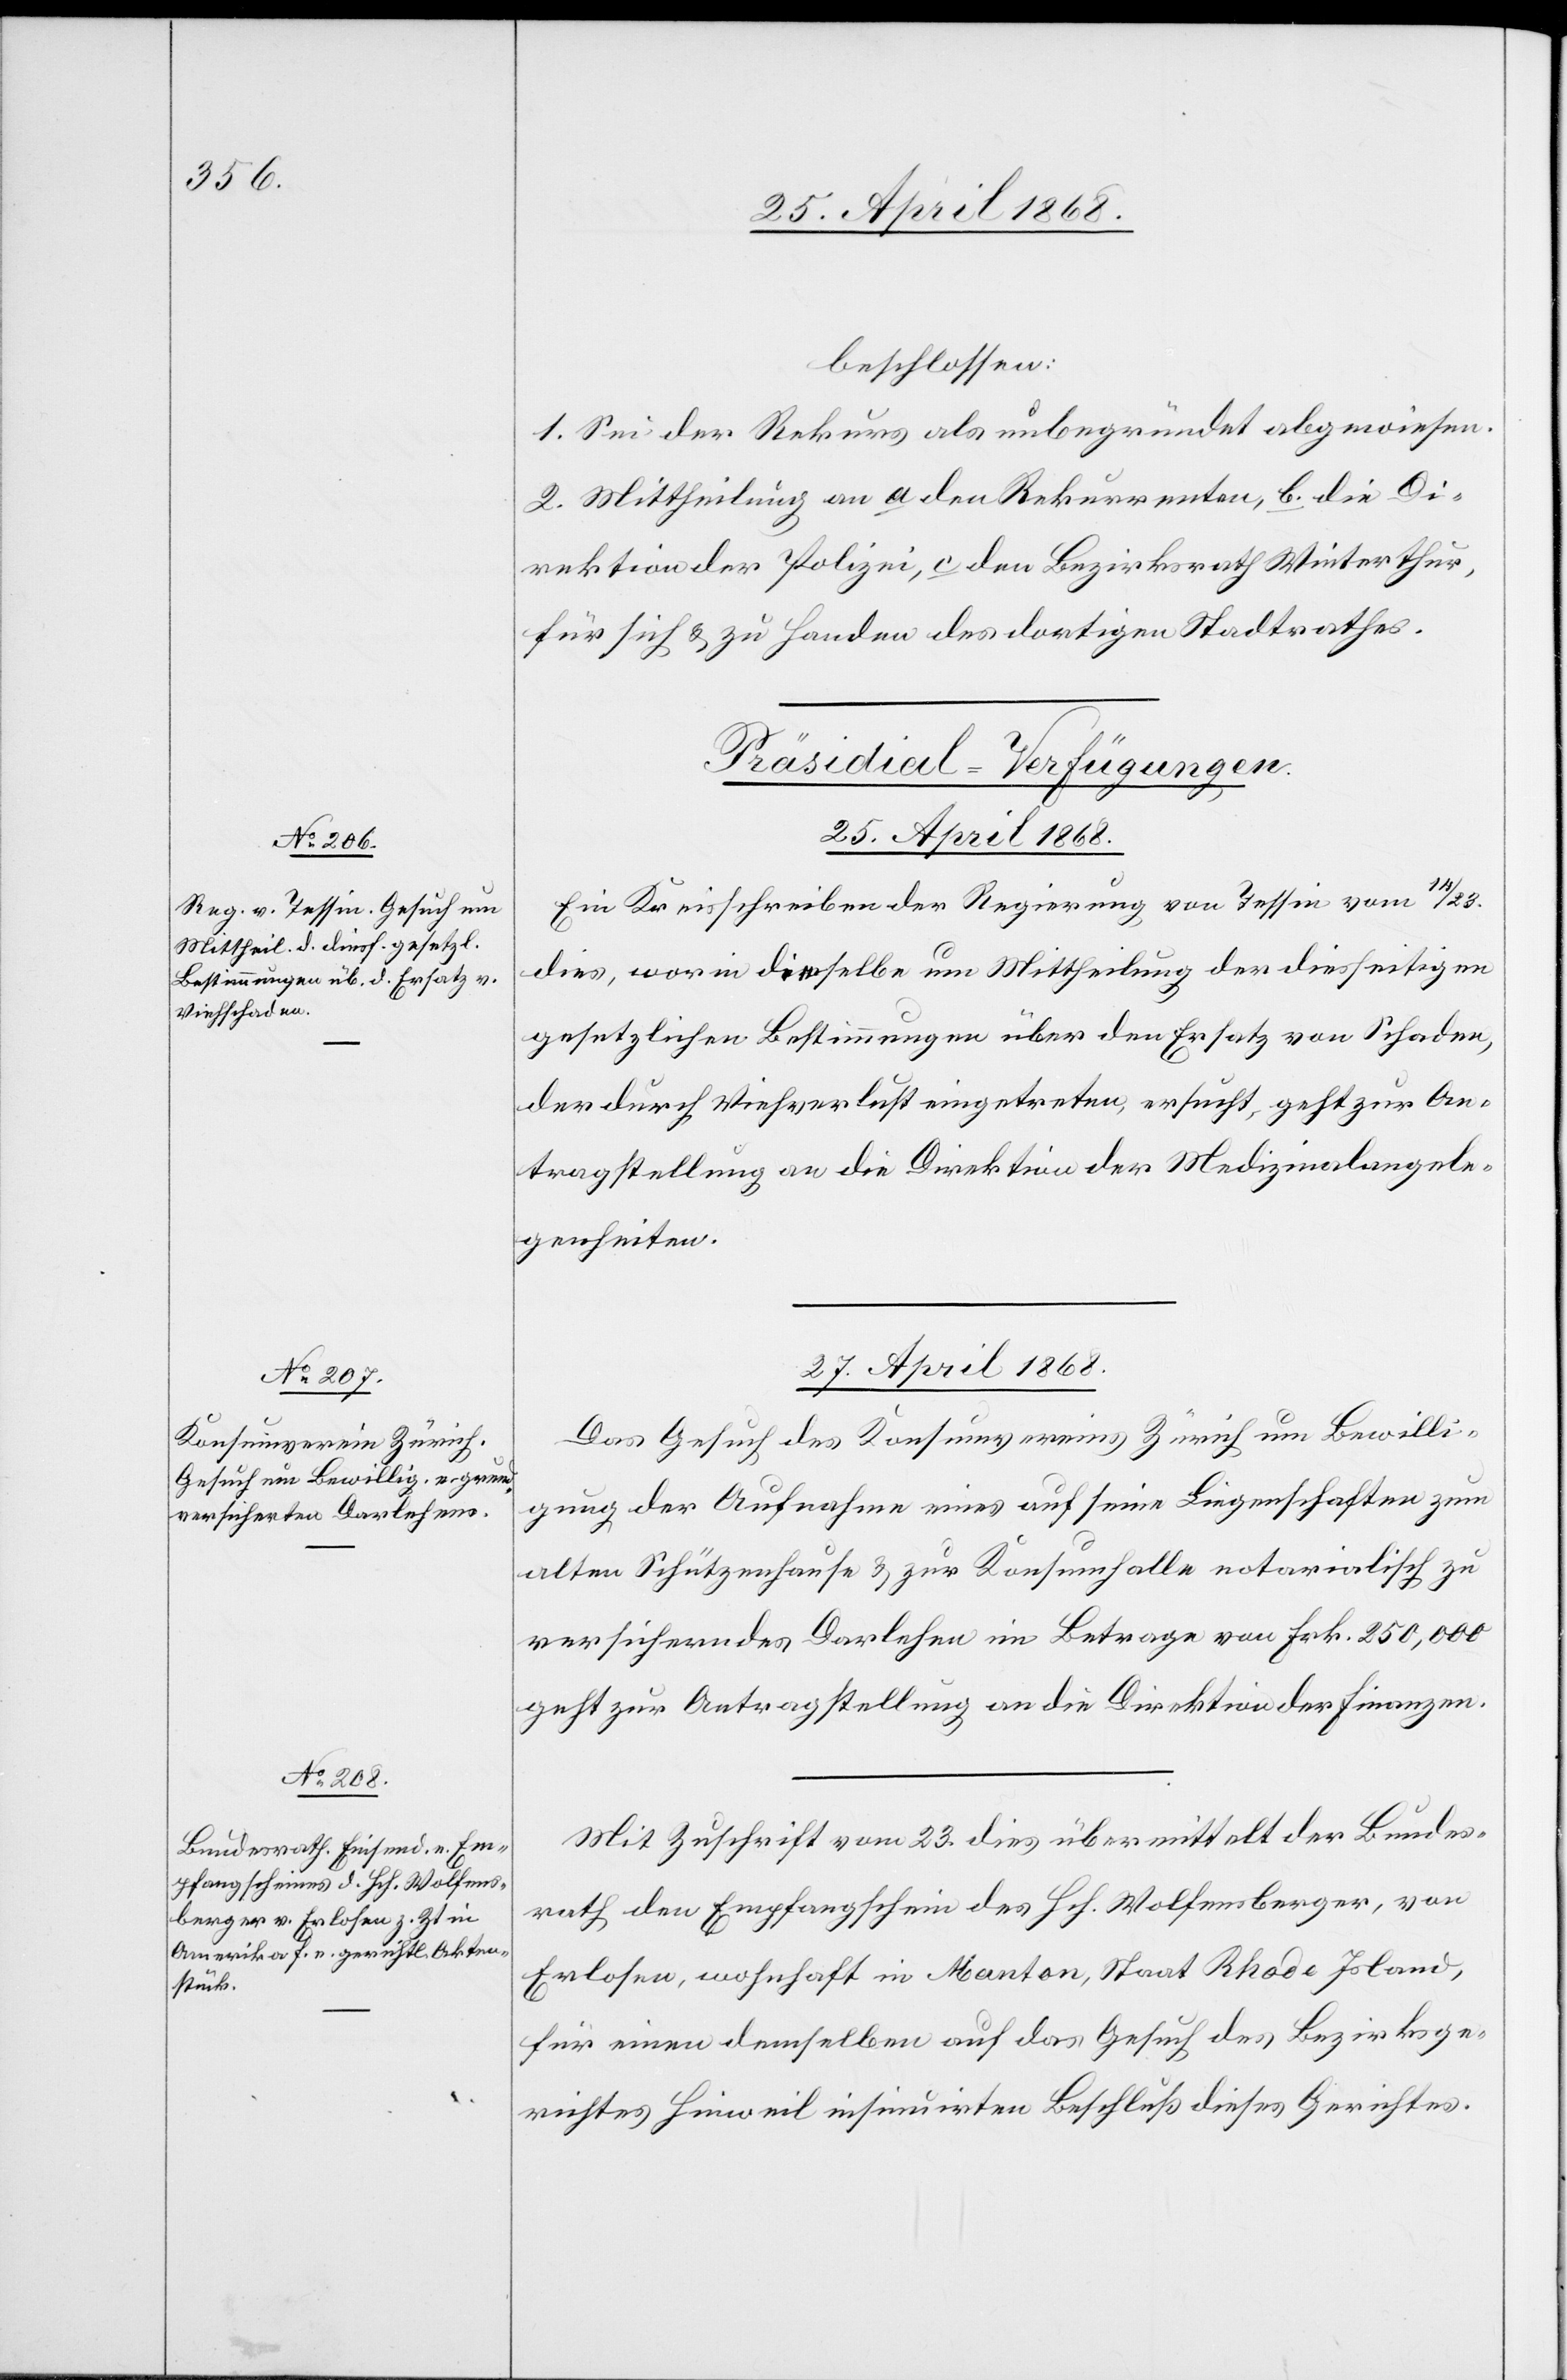
beschlossen:
1. Sei der Rekurs als unbegründet abgewiesen.
2. Mittheilung an a den Rekurrenten, b. die Di¬
rektion der Polizei, c den Bezirksrath Winterthur,
für sich & zu Handen des dortigen Stadtrathes.
[Präsidial-Verfügungen.
25. April 1868.
Ein Kreisschreiben der Regierung von Tessin vom 14 /
dies, worin dieselbe um Mittheilung der diesseitigen
gesetzlichen Bestimmungen über den Ersatz von Schaden,
der durch Viehverlust eingetreten, ersucht, geht zur An¬
tragstellung an die Direktion der Medizinalangele¬
genheiten.
27. April 1868.]
Das Gesuch des Konsumvereins Zürich um Bewilli¬
gung der Aufnahme eines auf seine Liegenschaften zum
alten Schützenhause & zur Konsumhalle notarialisch zu
versicherndes [sic!] Darlehen im Betrage von Frk. 250,000
geht zur Antragstellung an die Direktion der Finanzen.
Mit Zuschrift vom 23. dies übermittelt der Bundes¬
rath den Empfangschein des Hch. Wolfensberger, von
Erlosen, wohnhaft in Manton, Staat Rhode Island,
für einen demselben auf das Gesuch des Bezirksge¬
richtes Hinweil insinuirten Beschluß dieses Gerichtes.